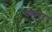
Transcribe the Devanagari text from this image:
घहरा